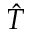
\hat { T }